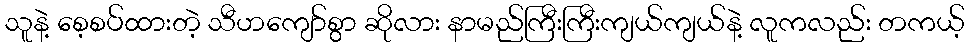
သူနဲ့ စေ့စပ်ထားတဲ့ သီဟကျော်စွာ ဆိုလား နာမည်ကြီးကြီးကျယ်ကျယ်နဲ့ လူကလည်း တကယ့်